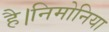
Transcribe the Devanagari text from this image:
है।निमोनिया